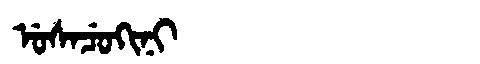
Manchu: ᡠᠰᠠᠴᡠᡴᡳᠨᡳ
Romanization: USACUKINI